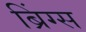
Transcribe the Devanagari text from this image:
ब्रिंग्स